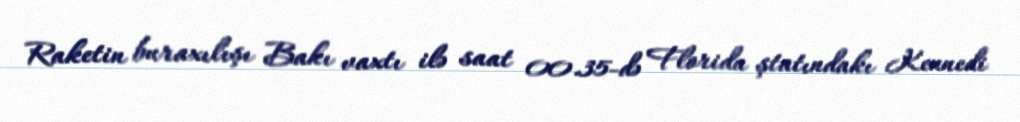
Raketin buraxılışı Bakı vaxtı ilə saat 00.35-də Florida ştatındakı Kennedi